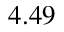
4 . 4 9